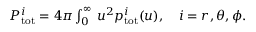
\begin{array} { r } { P _ { \mathrm { t o t } } ^ { i } = 4 \pi \int _ { 0 } ^ { \infty } \d u \, u ^ { 2 } p _ { \mathrm { t o t } } ^ { i } ( u ) , \quad i = { r , \theta , \phi } . } \end{array}